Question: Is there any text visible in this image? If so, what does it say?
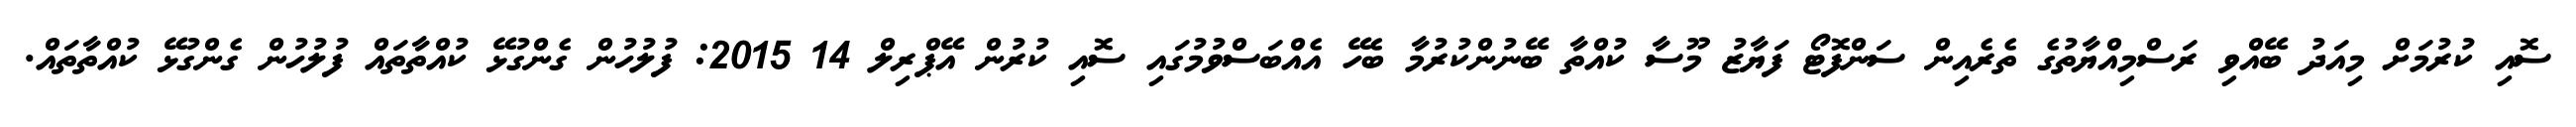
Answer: ސޮއި ކުރުމަށް މިއަދު ބޭއްވި ރަސްމިއްޔާތުގެ ތެރެއިން ސަންފޮޓޯ ފަޔާޒު މޫސާ ކުއްތާ ބޭނުންކުރުމާ ބެހޭ އެއްބަސްވުމުގައި ސޮއި ކުރުން އޭޕްރިލް 14 2015: ފުލުހުން ގެންގުޅޭ ކުއްތާތައް ފުލުހުން ގެންގުޅޭ ކުއްތާތައް.